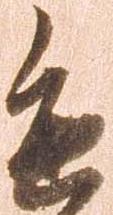
進